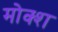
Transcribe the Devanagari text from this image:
मोक्श